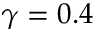
\gamma = 0 . 4